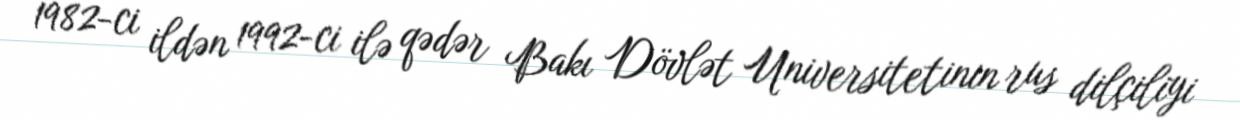
1982-ci ildən 1992-ci ilə qədər Bakı Dövlət Universitetinin rus dilçiliyi